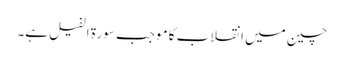
چین میں انقلاب کا موجب سورۃ الفیل ہے۔